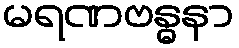
မရဏဗန္ဓနာ